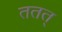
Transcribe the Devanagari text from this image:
ततत्‌